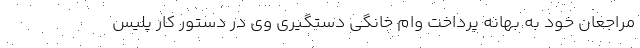
مراجعان خود به بهانه پرداخت وام خانگی دستگیری وی در دستور کار پلیس